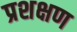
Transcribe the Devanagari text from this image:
प्रशक्षण